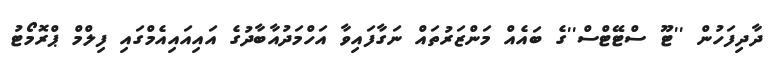
ދާދިފަހުން ''ޓޫ ސްޓޭޓްސް''ގެ ބައެއް މަންޒަރުތައް ނަގާފައިވާ އަހްމަދުއާބާދުގެ އައިއައިއެމްގައި ފިލްމް ޕްރޮމޯޓު